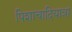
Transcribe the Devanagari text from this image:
पिशाचादियात्रा